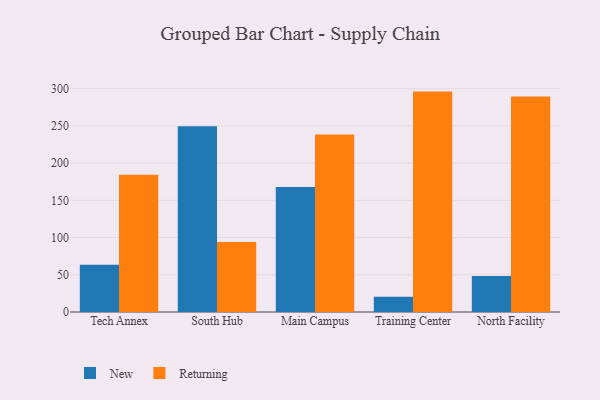
{"axis": {"x": "Campus", "y": "Gross Profit (USD K)"}, "legend": ["New", "Returning"], "data": [{"x": "Tech Annex", "y": 63.5, "type": "New"}, {"x": "Tech Annex", "y": 184.3, "type": "Returning"}, {"x": "South Hub", "y": 249.4, "type": "New"}, {"x": "South Hub", "y": 94.1, "type": "Returning"}, {"x": "Main Campus", "y": 168.0, "type": "New"}, {"x": "Main Campus", "y": 238.4, "type": "Returning"}, {"x": "Training Center", "y": 20.4, "type": "New"}, {"x": "Training Center", "y": 296.0, "type": "Returning"}, {"x": "North Facility", "y": 48.5, "type": "New"}, {"x": "North Facility", "y": 289.5, "type": "Returning"}]}